38_143685_box_Incident_Summaries_101-172
Agency: Department of War
Page 109
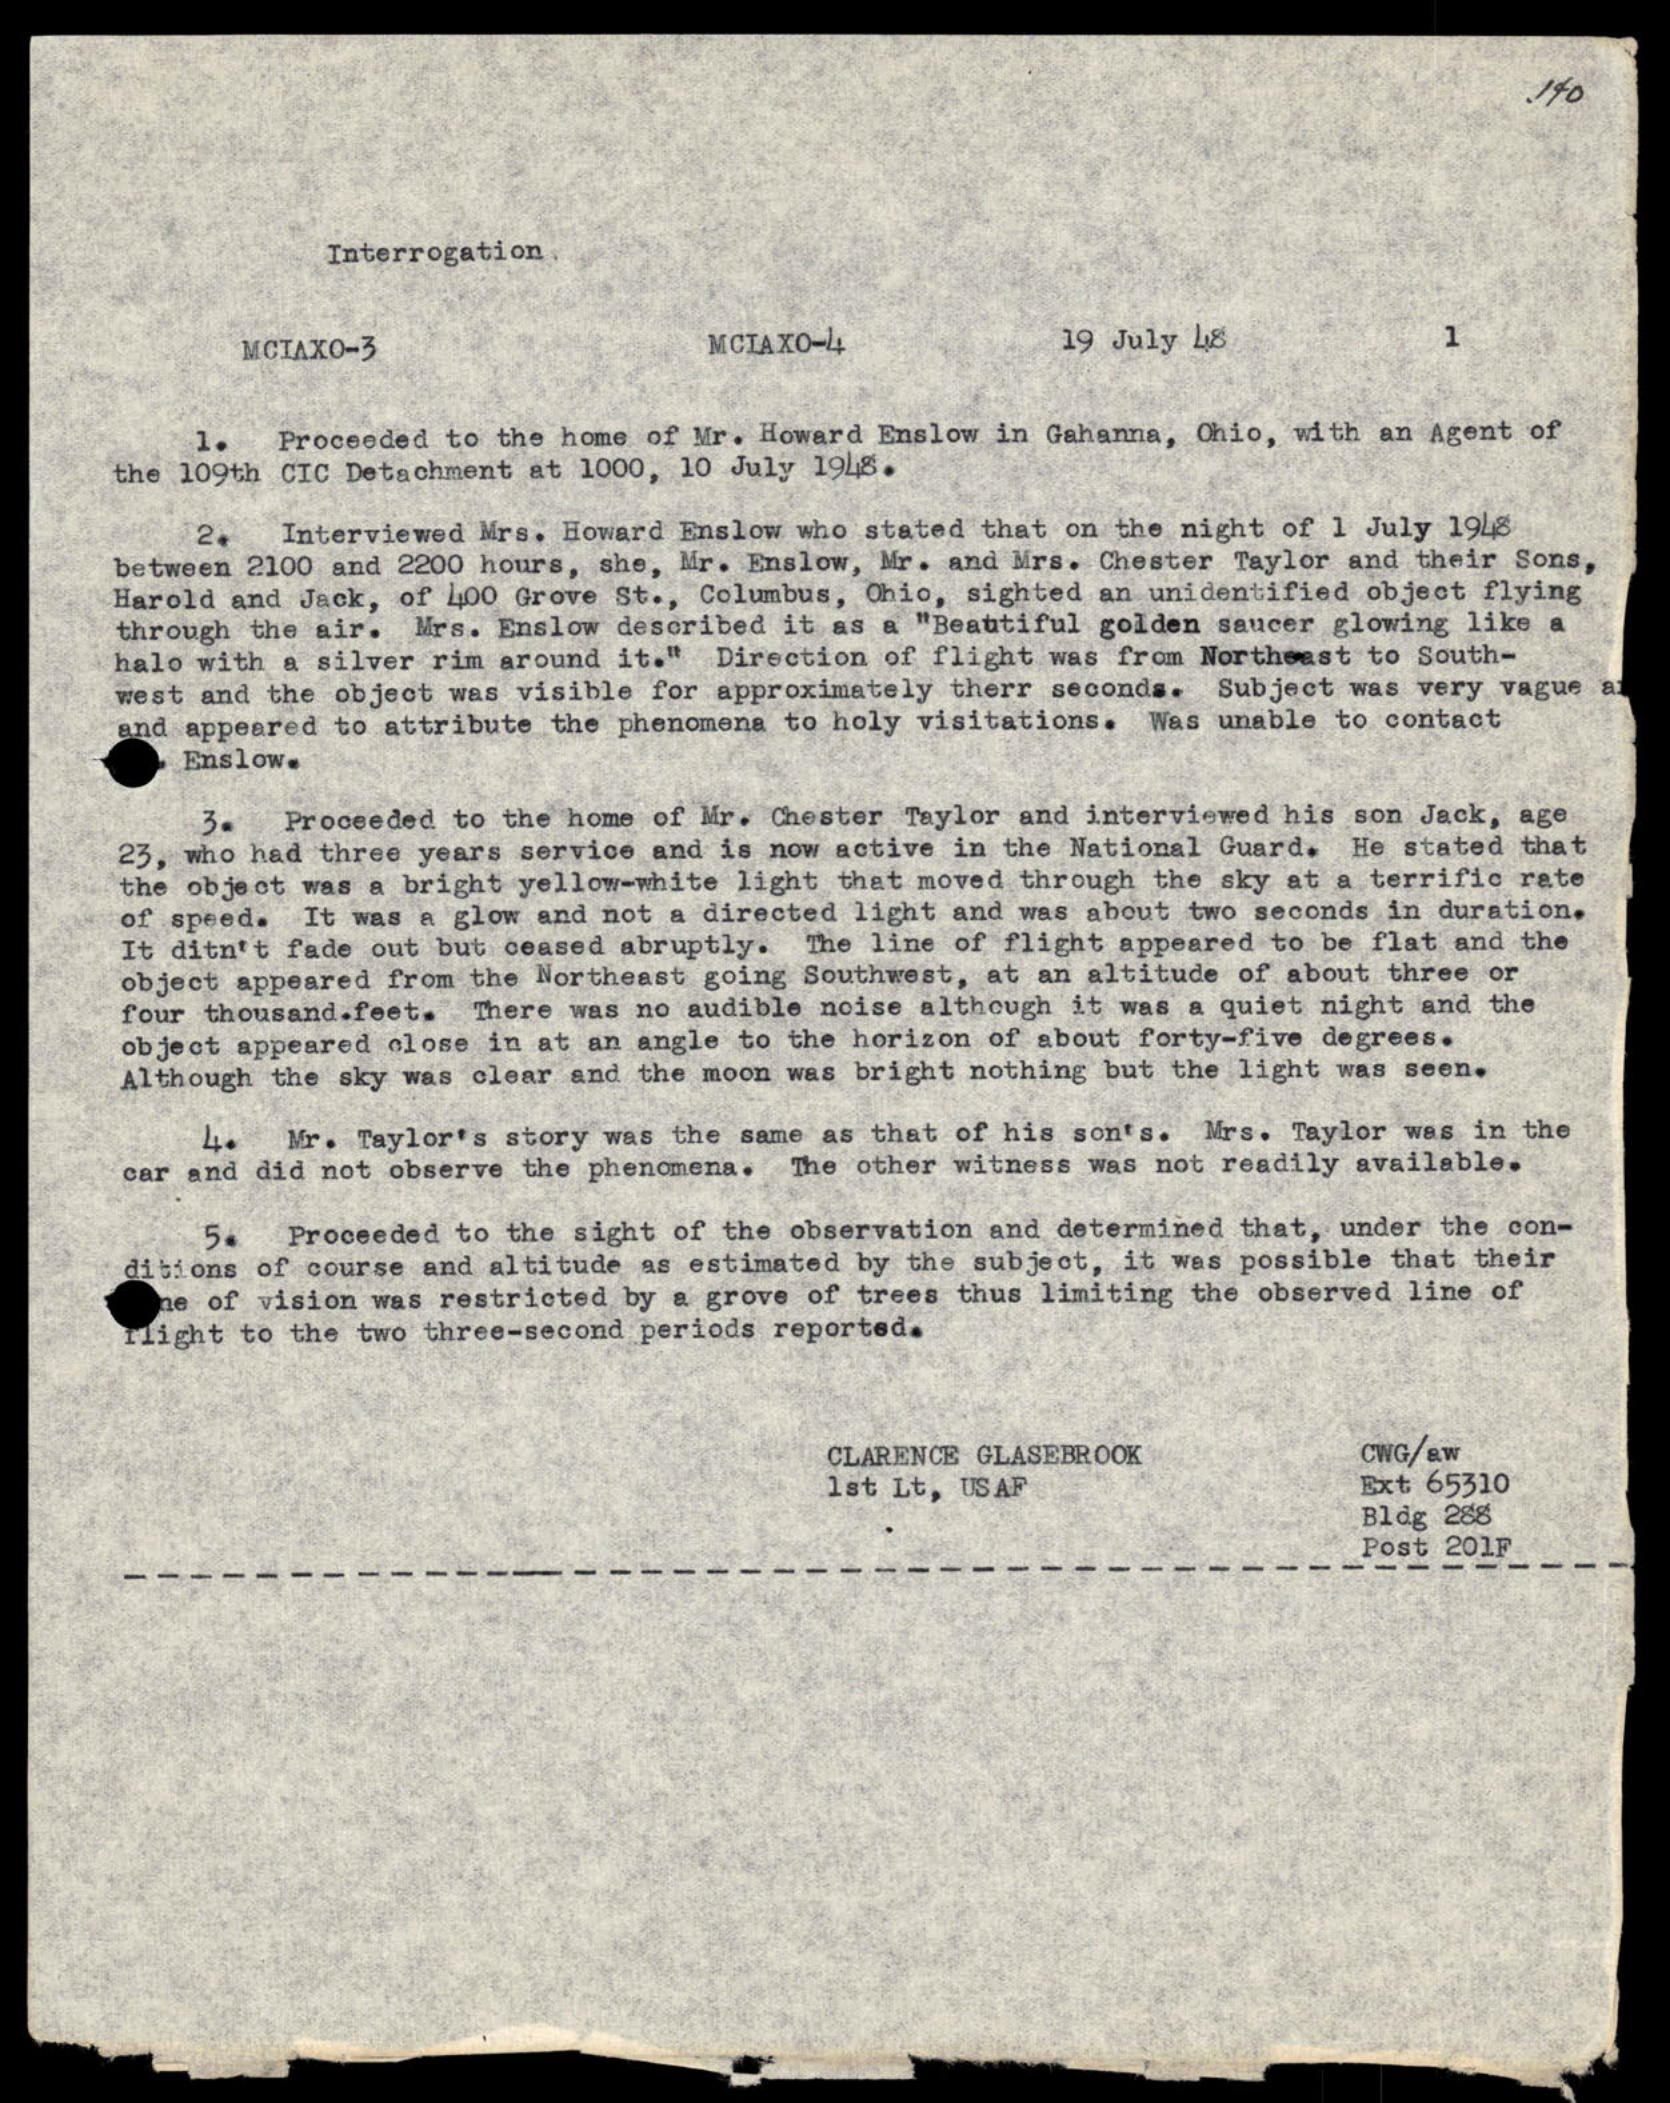